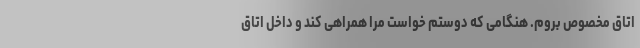
اتاق مخصوص بروم. هنگامی که دوستم خواست مرا همراهی کند و داخل اتاق